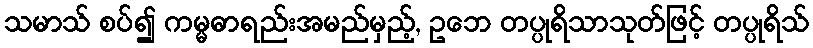
သမာသ် စပ်၍ ကမ္မဓာရည်းအမည်မှည့်, ဥဘေ တပ္ပုရိသာသုတ်ဖြင့် တပ္ပုရိသ်